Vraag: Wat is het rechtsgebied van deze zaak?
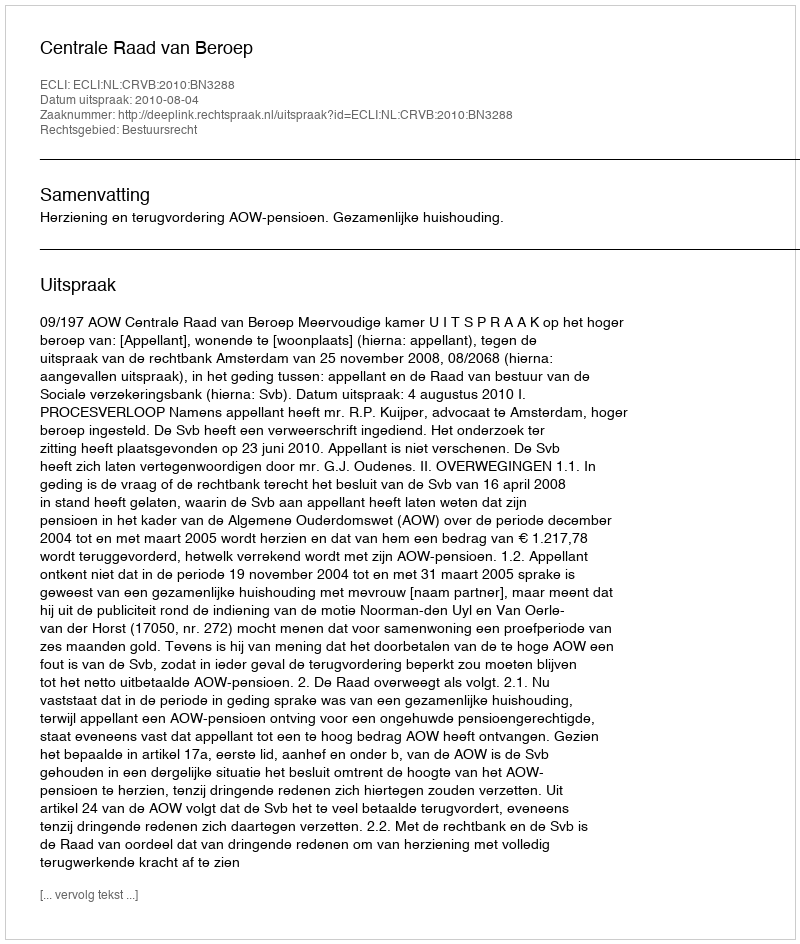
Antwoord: Bestuursrecht